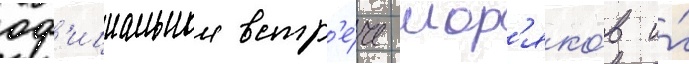
оф'ициальнои встр'е́че мор'яко́в и́